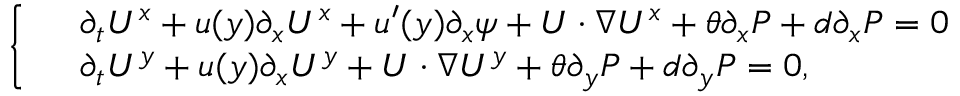
\left\{ \begin{array} { r l } & { \partial _ { t } U ^ { x } + u ( y ) \partial _ { x } U ^ { x } + u ^ { \prime } ( y ) \partial _ { x } \psi + U \cdot \nabla U ^ { x } + \theta \partial _ { x } P + d \partial _ { x } P = 0 } \\ & { \partial _ { t } U ^ { y } + u ( y ) \partial _ { x } U ^ { y } + U \cdot \nabla U ^ { y } + \theta \partial _ { y } P + d \partial _ { y } P = 0 , } \end{array} \right.